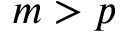
m > p